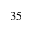
3 5